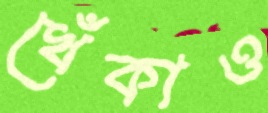
খেঁকাও